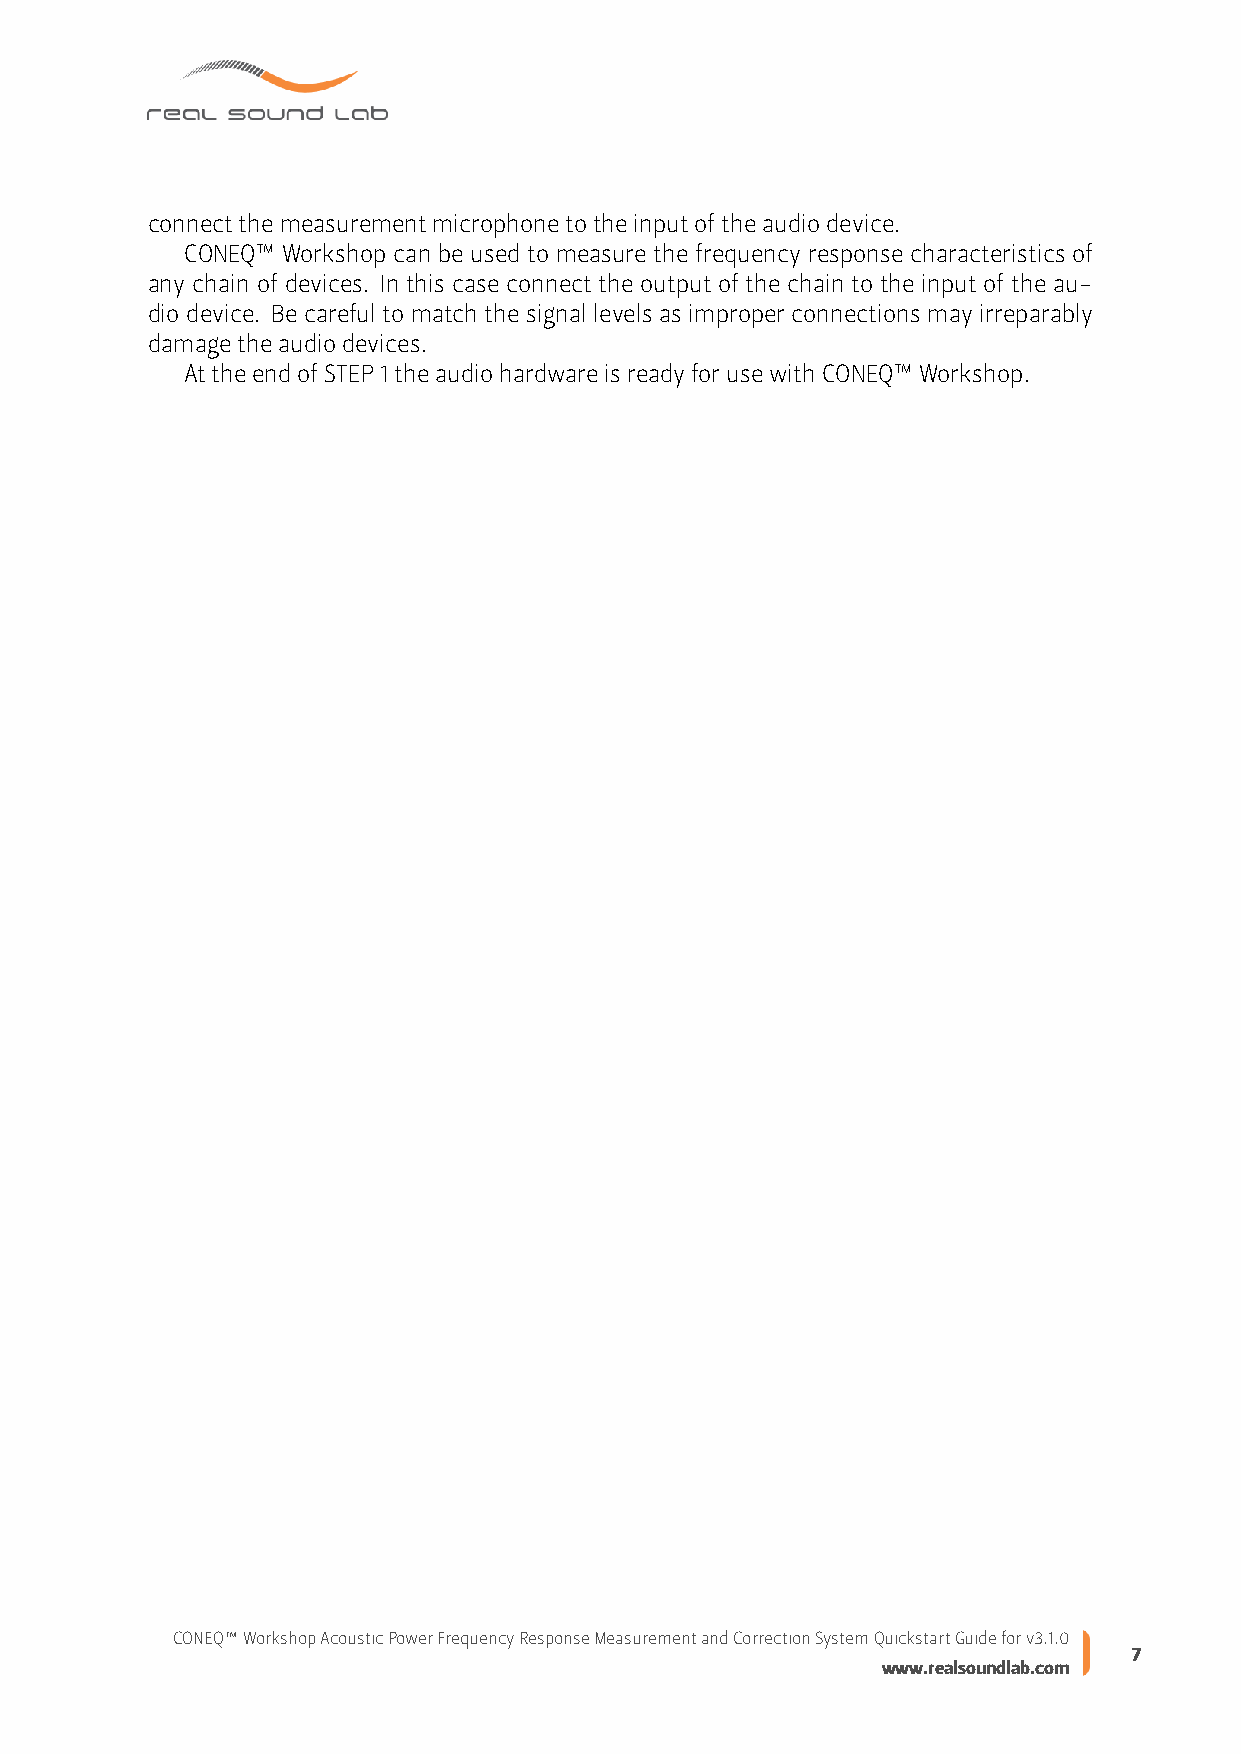
connectthemeasurementmicrophonetotheinputoftheaudiodevice.
 CONEQ™ Workshop can be used to measure the frequency response characteristics of
 any chain of devices. In this case connect the output of the chain to the input of the au-
 dio device. Be careful to match the signal levels as improper connections may irreparably
 damagetheaudiodevices.
 AttheendofSTEP1theaudiohardwareisreadyforusewithCONEQ™Workshop.
 CONEQ™WorkshopAcousticPowerFrequencyResponseMeasurementandCorrectionSystemQuickstartGuideforv3.1.0
 7
 www.realsoundlab.com